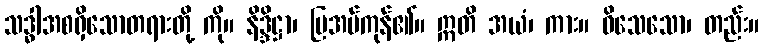
သဒ္ဓါအစရှိသောတရားတို့ ကို။ နိဒ္ဒိဋ္ဌာ၊ ပြအပ်ကုန်၏။ ဣတိ အယံ၊ ကား။ ဝိသေသော၊ တည်း။